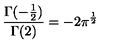
\frac { \Gamma ( - \frac { 1 } { 2 } ) } { \Gamma ( 2 ) } = - 2 \pi ^ { \frac { 1 } { 2 } }